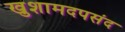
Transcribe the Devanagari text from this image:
खुशामदपसंद